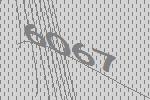
6067